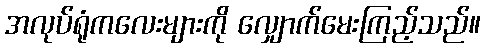
အလုပ်ရုံကလေးများကို လျှောက်မေးကြည့်သည်။